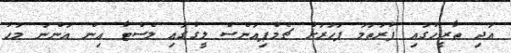
އަދި ތާރީހުގައި ފުރަތަމަ ފަހަރަށް ޗެމްޕިއަންސް ލީގުގައި ލެސްޓާ އިން އަންނަ މަހު